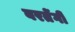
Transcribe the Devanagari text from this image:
बरतेंगी